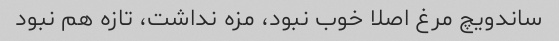
ساندویچ مرغ اصلا خوب نبود، مزه نداشت، تازه هم نبود